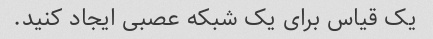
یک قیاس برای یک شبکه عصبی ایجاد کنید.